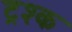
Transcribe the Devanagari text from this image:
ट्रश्क